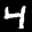
Label: 4